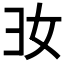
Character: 𢑒